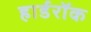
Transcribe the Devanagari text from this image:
हार्डरॉक